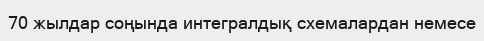
70 жылдар соңында интегралдық схемалардан немесе